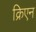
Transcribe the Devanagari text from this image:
क्रिएन